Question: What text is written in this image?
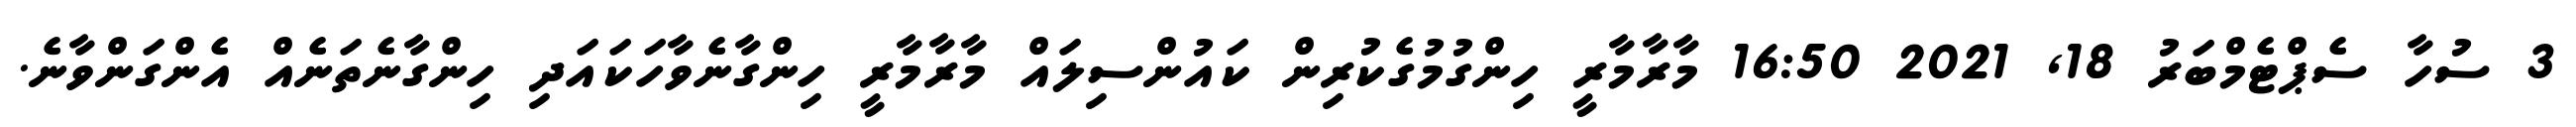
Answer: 3 ސުހާ ސެޕްޓެމްބަރު 18, 2021 16:50 މާރާމާރީ ހިންގުމުގެކުރިން ކައުންސިލައް މާރާމާރީ ހިންގާނެވާހަކައަދި ހިންގާނެތަނެއް އެންގަންވާނެ.